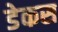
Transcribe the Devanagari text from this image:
डेकस